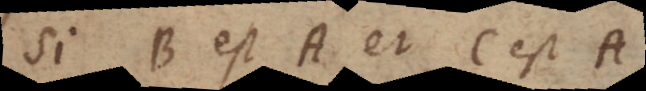
Si B est A et C est A,